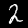
Label: 2